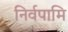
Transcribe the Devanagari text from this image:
निर्वपामि